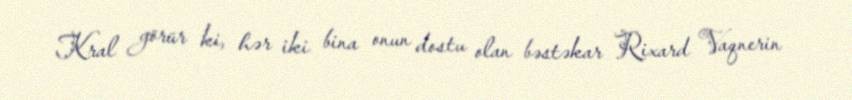
Kral görür ki, hər iki bina onun dostu olan bəstəkar Rixard Vaqnerin